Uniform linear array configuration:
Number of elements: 4
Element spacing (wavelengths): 0.5
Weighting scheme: binomial
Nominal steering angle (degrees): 45
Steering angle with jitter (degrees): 43.582
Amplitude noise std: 0.05
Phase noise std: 0.05

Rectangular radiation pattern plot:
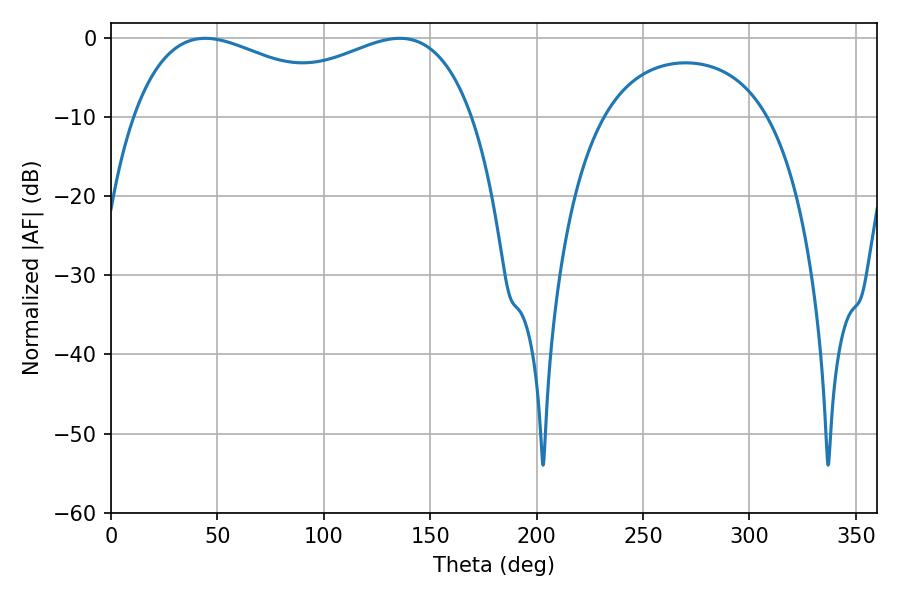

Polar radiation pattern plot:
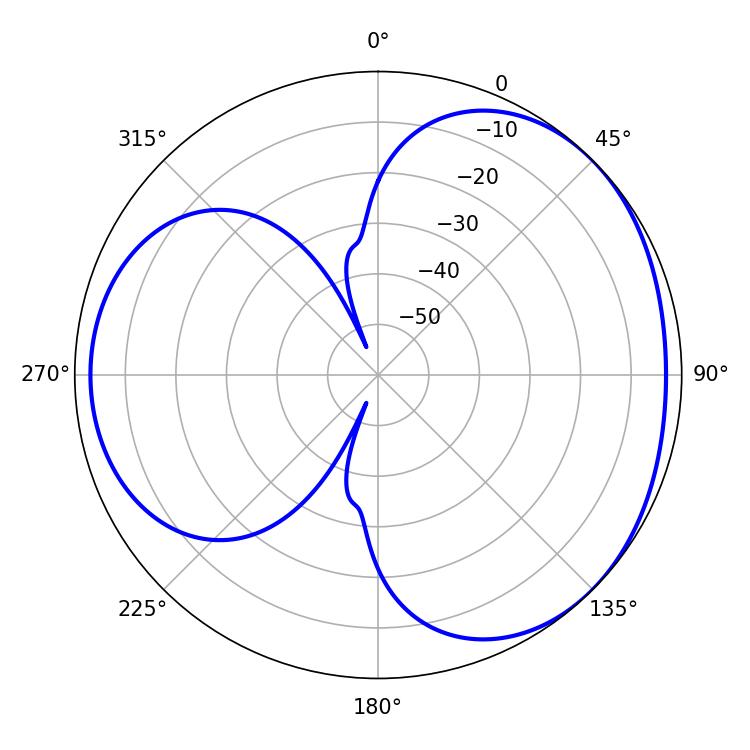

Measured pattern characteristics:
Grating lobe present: FALSE
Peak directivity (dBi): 3.331
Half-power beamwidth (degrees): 60.84
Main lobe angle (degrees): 44.28